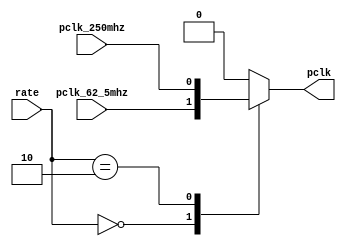
module glitch_free_clk_mux(input pclk_62_5mhz,pclk_250mhz,
                           input[1:0]rate,
                           output reg pclk);
  always@(*) begin
    case(rate)
      2'b00:pclk=pclk_62_5mhz;
      2'b10:pclk=pclk_250mhz;
      default:pclk=1'b0;
    endcase
  end
endmodule